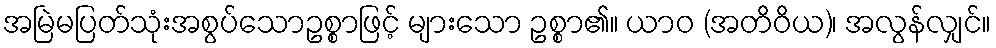
အမြဲမပြတ်သုံးအစွပ်သောဥစ္စာဖြင့် များသော ဥစ္စာ၏။ ယာဝ (အတိဝိယ)၊ အလွန်လျှင်။